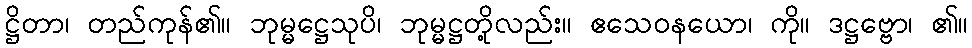
ဋ္ဌိတာ၊ တည်ကုန်၏။ ဘုမ္မဋ္ဌေသုပိ၊ ဘုမ္မဋ္ဌတို့လည်း။ ဧသေဝနယော၊ ကို။ ဒဋ္ဌဗ္ဗော၊ ၏။